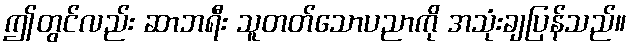
ဤတွင်လည်း ဆာဘရီး သူတတ်သောပညာကို အသုံးချပြန်သည်။